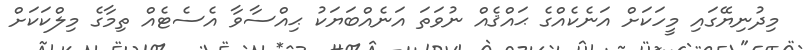
މިދުނިޔޭގައި މީހަކަށް އަނެކެއްގެ ޙައްޤެއް ނުވަތަ އަނެއްބަޔަކު ޙިއްސާވާ އެސެޓެއް ތިމާގެ މިލްކަކަށް